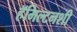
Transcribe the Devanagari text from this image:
हॅमिल्टनशी